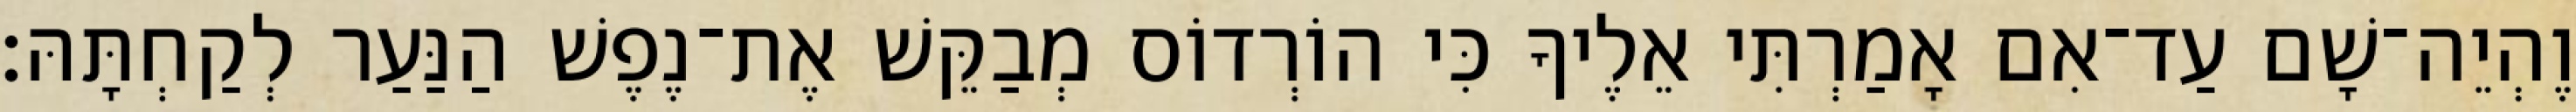
וֶהְיֵה־שָׁם עַד־אִם אָמַרְתִּי אֵלֶיךָ כִּי הוֹרְדוֹס מְבַקֵּשׁ אֶת־נֶפֶשׁ הַנַּעַר לְקַחְתָּהּ׃